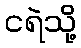
ငရဲသို့